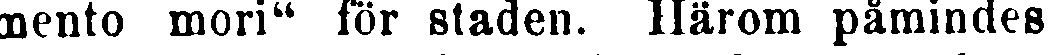
ento mori" för staden. Härom påmindes